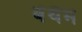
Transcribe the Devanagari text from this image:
बेंथैम